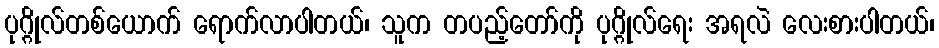
ပုဂ္ဂိုလ်တစ်ယောက် ရောက်လာပါတယ်၊ သူက တပည့်တော်ကို ပုဂ္ဂိုလ်ရေး အရလဲ လေးစားပါတယ်၊